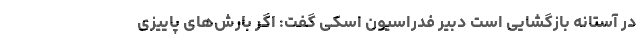
در آستانه بازگشایی است دبیر فدراسیون اسکی گفت: اگر بارش‌های پاییزی